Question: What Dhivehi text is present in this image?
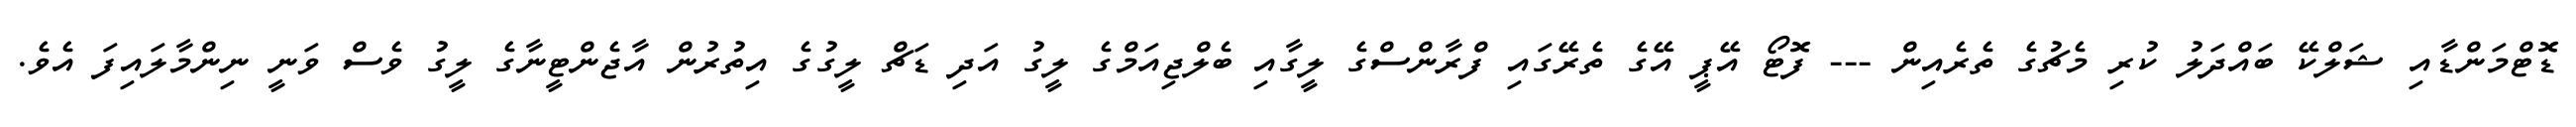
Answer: ޑޮޓްމަންޑާއި ޝަލްކޭ ބައްދަލު ކުރި މެޗުގެ ތެރެއިން --- ފޮޓޯ އޭޕީ އޭގެ ތެރޭގައި ފްރާންސްގެ ލީގާއި ބެލްޖިއަމްގެ ލީގު އަދި ޑަޗް ލީގުގެ އިތުރުން އާޖެންޓީނާގެ ލީގު ވެސް ވަނީ ނިންމާލައިފަ އެވެ.